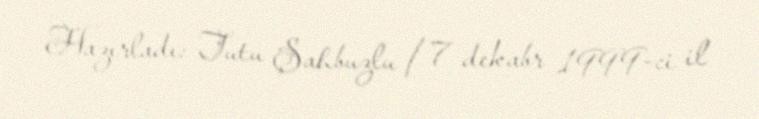
Hazırladı: Tutu Şahbuzlu / 7 dekabr 1999-ci il